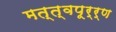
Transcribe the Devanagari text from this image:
मत्त्वपूर्र्ण